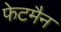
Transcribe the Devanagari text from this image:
फेटमैन